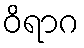
ဝိရာဂ